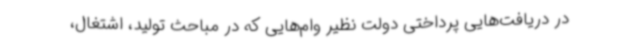
در دریافت‌هایی پرداختی دولت نظیر وام‌هایی که در مباحث تولید، اشتغال،